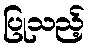
ပြုသည့်